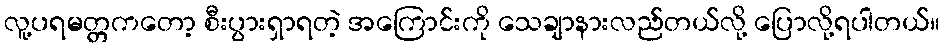
လူ့ပရမတ္တကတော့ စီးပွားရှာရတဲ့ အကြောင်းကို သေချာနားလည်တယ်လို့ ပြောလို့ရပါတယ်။